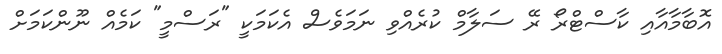
އޮބާމާއާއި ކާސްޓްރޯ ރޭ ސަލާމް ކުރެއްވި ނަމަވެސް އެކަމަކީ "ރަސްމީ" ކަމެއް ނޫންކަމަށް